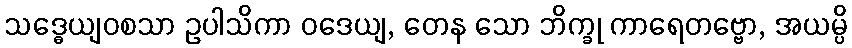
သဒ္ဓေယျဝစသာ ဥပါသိကာ ဝဒေယျ, တေန သော ဘိက္ခု ကာရေတဗ္ဗော, အယမ္ပိ